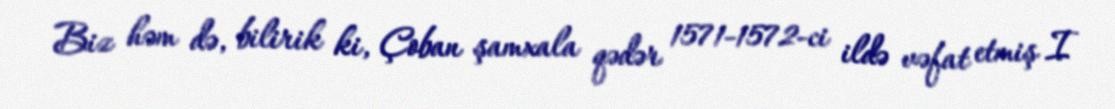
Biz həm də, bilirik ki, Çoban şamxala qədər 1571-1572-ci ildə vəfat etmiş I